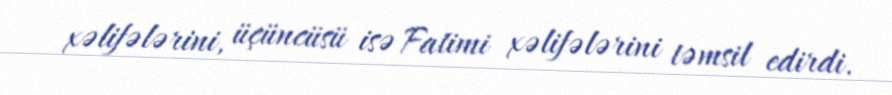
xəlifələrini, üçüncüsü isə Fatimi xəlifələrini təmsil edirdi.